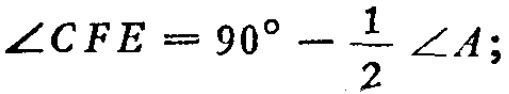
\(\angle CFE = 90^{\circ}-\frac{1}{2}\angle A;\)